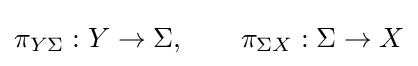
\pi _{Y\Sigma }:Y\to \Sigma ,\qquad \pi _{\Sigma X}:\Sigma \to X